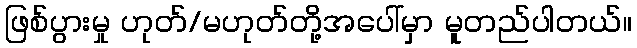
ဖြစ်ပွားမှု ဟုတ်/မဟုတ်တို့အပေါ်မှာ မူတည်ပါတယ်။